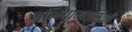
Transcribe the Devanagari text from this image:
अभियाम्त्रिकी